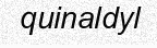
quinaldyl